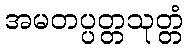
အမတပ္ပတ္တသုတ္တံ